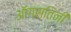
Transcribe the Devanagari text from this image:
ऑगस्तिनी